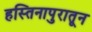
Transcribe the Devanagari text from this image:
हस्तिनापुरातून